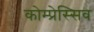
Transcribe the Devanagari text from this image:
कोम्प्रेस्सिव